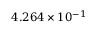
4 . 2 6 4 \times 1 0 ^ { - 1 }